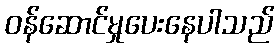
ဝန်ဆောင်မှုပေးနေပါသည်